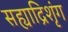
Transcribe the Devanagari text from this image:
सह्याद्रिशृंग